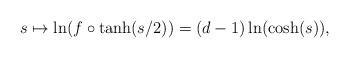
LaTeX: \begin{align*}s\mapsto \ln(f\circ\tanh(s/2))=(d-1)\ln(\cosh(s)),\end{align*}